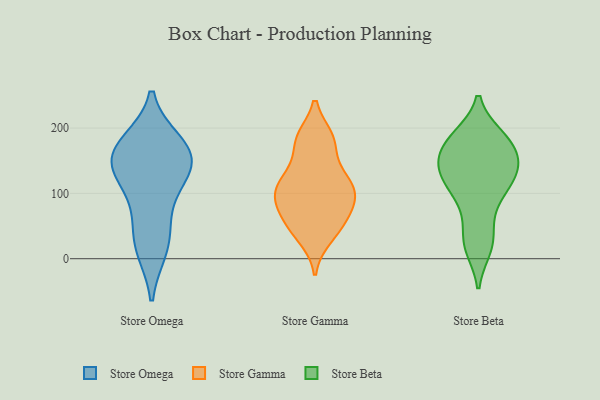
{"axis": {"x": "Waste Production (Tons)", "y": "Value"}, "legend": ["Store Beta", "Store Gamma", "Store Omega"], "data": [{"x": "", "y": 153, "type": "Store Omega"}, {"x": "", "y": 150, "type": "Store Omega"}, {"x": "", "y": 65, "type": "Store Omega"}, {"x": "", "y": 121, "type": "Store Omega"}, {"x": "", "y": 16, "type": "Store Omega"}, {"x": "", "y": 24, "type": "Store Omega"}, {"x": "", "y": 176, "type": "Store Omega"}, {"x": "", "y": 120, "type": "Store Omega"}, {"x": "", "y": 159, "type": "Store Omega"}, {"x": "", "y": 171, "type": "Store Omega"}, {"x": "", "y": 33, "type": "Store Gamma"}, {"x": "", "y": 93, "type": "Store Gamma"}, {"x": "", "y": 181, "type": "Store Gamma"}, {"x": "", "y": 104, "type": "Store Gamma"}, {"x": "", "y": 50, "type": "Store Gamma"}, {"x": "", "y": 92, "type": "Store Gamma"}, {"x": "", "y": 180, "type": "Store Gamma"}, {"x": "", "y": 89, "type": "Store Gamma"}, {"x": "", "y": 50, "type": "Store Gamma"}, {"x": "", "y": 118, "type": "Store Gamma"}, {"x": "", "y": 130, "type": "Store Gamma"}, {"x": "", "y": 122, "type": "Store Gamma"}, {"x": "", "y": 184, "type": "Store Gamma"}, {"x": "", "y": 68, "type": "Store Gamma"}, {"x": "", "y": 145, "type": "Store Beta"}, {"x": "", "y": 155, "type": "Store Beta"}, {"x": "", "y": 107, "type": "Store Beta"}, {"x": "", "y": 109, "type": "Store Beta"}, {"x": "", "y": 186, "type": "Store Beta"}, {"x": "", "y": 21, "type": "Store Beta"}, {"x": "", "y": 144, "type": "Store Beta"}, {"x": "", "y": 24, "type": "Store Beta"}, {"x": "", "y": 113, "type": "Store Beta"}, {"x": "", "y": 139, "type": "Store Beta"}, {"x": "", "y": 115, "type": "Store Beta"}, {"x": "", "y": 82, "type": "Store Beta"}, {"x": "", "y": 178, "type": "Store Beta"}, {"x": "", "y": 185, "type": "Store Beta"}, {"x": "", "y": 179, "type": "Store Beta"}, {"x": "", "y": 141, "type": "Store Beta"}, {"x": "", "y": 17, "type": "Store Beta"}, {"x": "", "y": 187, "type": "Store Beta"}, {"x": "", "y": 54, "type": "Store Beta"}, {"x": "", "y": 147, "type": "Store Beta"}]}